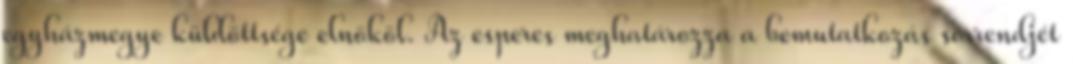
egyházmegye küldöttsége elnököl. Az esperes meghatározza a bemutatkozás sorrendjét